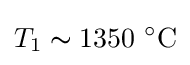
T_{1}\thicksim 1350\ {}^{\circ }\mathrm {C}